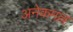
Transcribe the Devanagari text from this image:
अनेकमल्ल